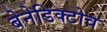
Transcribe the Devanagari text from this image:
बेनेडिक्टोव